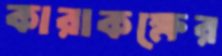
কারাকক্ষের